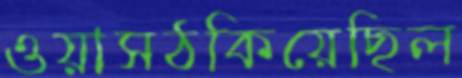
ওয়াসঠকিয়েছিল